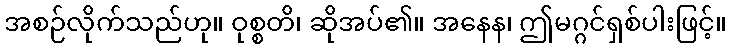
အစဉ်လိုက်သည်ဟု။ ဝုစ္စတိ၊ ဆိုအပ်၏။ အနေန၊ ဤမဂ္ဂင်ရှစ်ပါးဖြင့်။